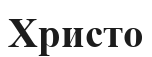
Христо